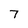
Character: 7